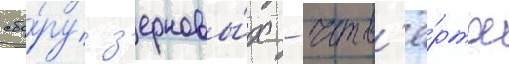
сбо́ру з'ерновы́х - четв'ё́ртое